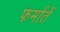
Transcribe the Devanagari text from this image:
फर्मातें